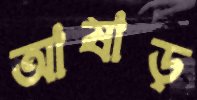
আষাড়